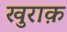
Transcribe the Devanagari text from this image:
खुराक़